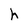
Character: h